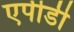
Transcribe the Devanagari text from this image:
एपीडी